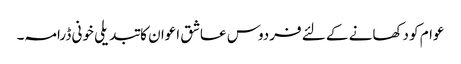
عوام کو دکھانے کے لئے فردوس عاشق اعوان کا تبدیلی خونی ڈرامہ۔